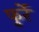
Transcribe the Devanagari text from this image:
फुर्रे